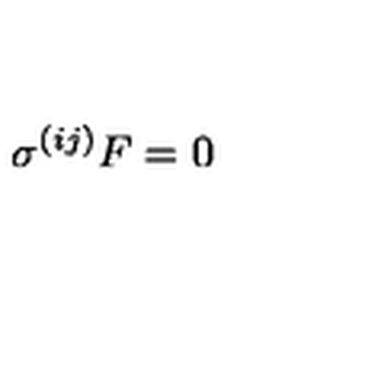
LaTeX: \sigma ^ { ( i j ) } F = 0